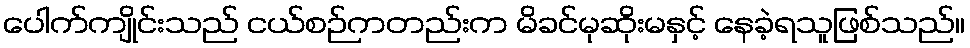
ပေါက်ကျိုင်းသည် ငယ်စဉ်ကတည်းက မိခင်မုဆိုးမနှင့် နေခဲ့ရသူဖြစ်သည်။